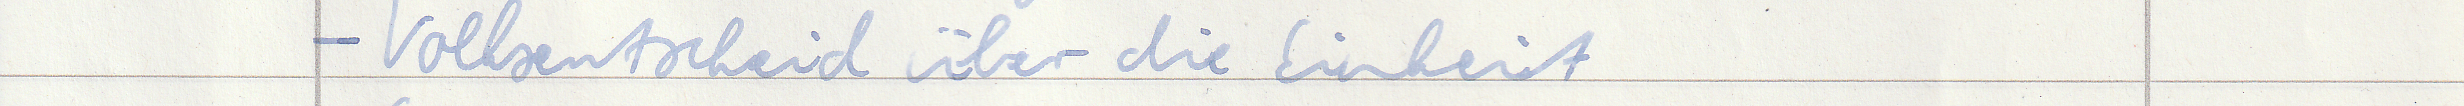
- Volksentscheid über die Einheit